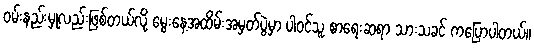
ဝမ်းနည်းမှုလည်းဖြစ်တယ်လို့ မွေးနေ့အထိမ်းအမှတ်ပွဲမှာ ပါဝင်သူ စာရေးဆရာ သားသခင် ကပြောပါတယ်။